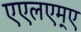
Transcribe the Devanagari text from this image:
एएलएम्ए